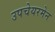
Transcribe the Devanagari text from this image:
उपचेयरमेन